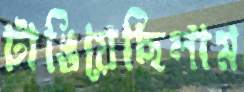
টাঙিয়েছিলাম